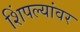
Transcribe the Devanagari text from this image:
शिंपल्यांवर